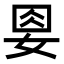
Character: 𡜰